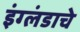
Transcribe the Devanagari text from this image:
इंग्लंडाचे